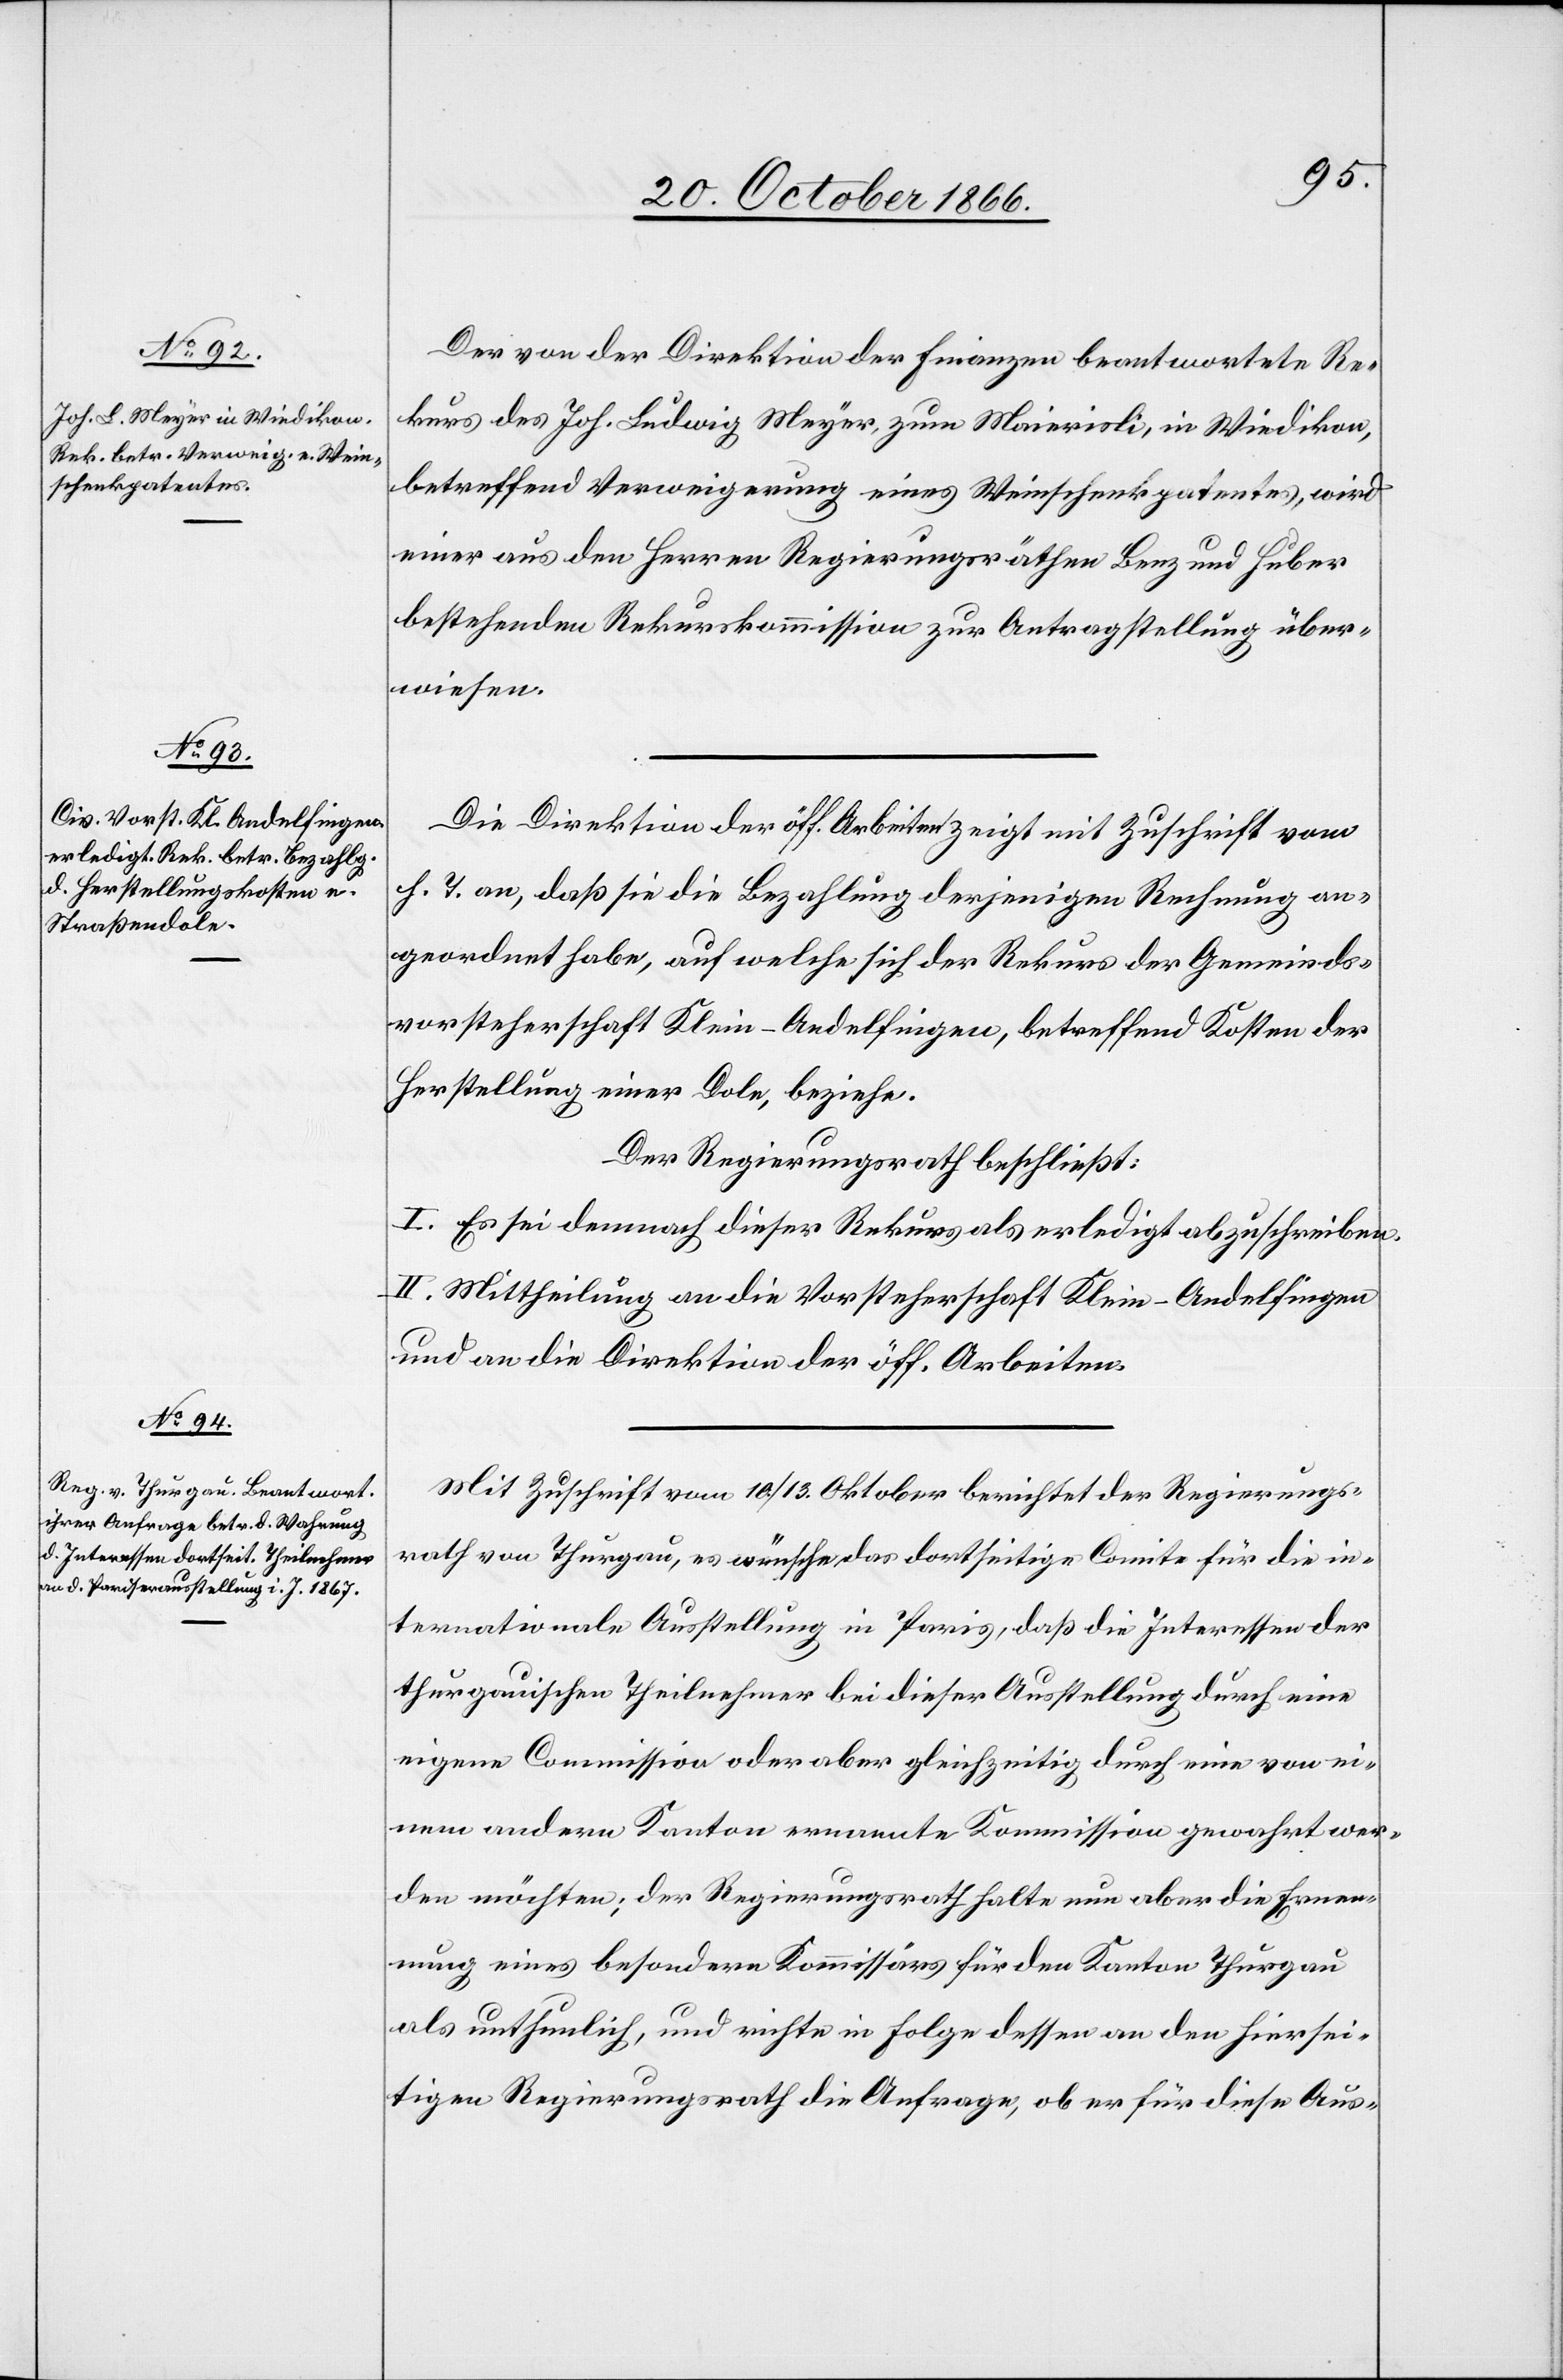
Der von der Direktion der Finanzen beantwortete Re¬
kurs des Joh. Ludwig Meyer, zum Maierisli, in Wiedikon,
betreffend Verweigerung eines Weinschenkpatentes, wird
einer aus den Herren Regierungsräthen Benz und Huber
bestehenden Rekurskommission zur Antragstellung über¬
wiesen.
Die Direktion der öff. Arbeiten zeigt mit Zuschrift vom
h. T. an, daß sie die Bezahlung derjenigen Rechnung an¬
geordnet habe, auf welche sich der Rekurs der Gemeinds¬
vorsteherschaft Klein-Andelfingen, betreffend Kosten der
Herstellung einer Dole, beziehe.
Der Regierungsrath beschließt:
I. Es sei demnach dieser Rekurs als erledigt abzuschreiben.
II. Mittheilung an die Vorsteherschaft Klein-Andelfingen
und an die Direktion der öff. Arbeiten.
Mit Zuschrift vom 10./13. Oktober berichtet der Regierungs¬
rath von Thurgau, es wünsche, das dortseitige Comite für die in¬
ternationale Ausstellung in Paris, daß die Interessen der
thurgauischen Theilnehmer bei dieser Ausstellung durch eine
eigene Commission oder aber gleichzeitig durch eine von ei¬
nem andern Kanton ernannte Kommission gewahrt wer¬
den möchten; der Regierungsrath halte nun aber die Ernen¬
nung eines besondern Kommissärs für den Kanton Thurgau
als unthunlich, und richte in Folge dessen an den hiersei¬
tigen Regierungsrath die Anfrage, ob er für diese Aus-